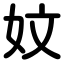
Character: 妏